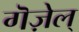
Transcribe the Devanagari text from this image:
गॆज़ेल्